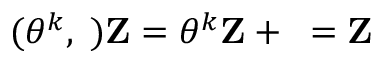
( \theta ^ { k } , { \bf \ell } ) { \bf Z } = \theta ^ { k } { \bf Z } + { \bf \ell } = { \bf Z }